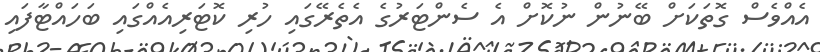
އެއްވެސް ގޮތަކަށް ބޭނުން ނުކޮށް އެ ސެންޓަރުގެ އެތެރޭގައި ހުރި ކޮޓަރިއެއްގައި ބަހައްޓާފައި